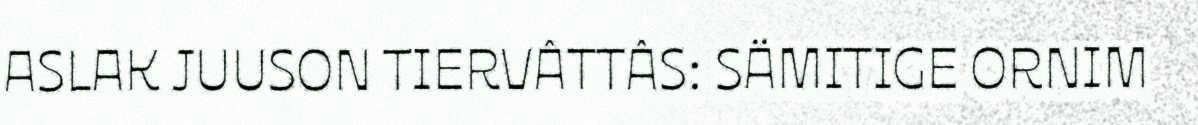
ASLAK JUUSON TIERVÂTTÂS: SÄMITIGE ORNIM